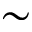
\sim